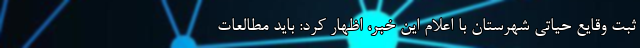
ثبت وقایع حیاتی شهرستان با اعلام این خبر، اظهار کرد: باید مطالعات